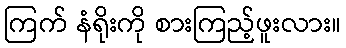
ကြက် နံရိုးကို စားကြည့်ဖူးလား။